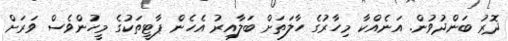
ދޮރު ބަންދުވުން. އަނެއްކާ މިހާރުގެ ހާލަތަށް ބަލާއިރު އެހެން ޕާޓީތަކުގެ މީހުންވެސް ވަރަށް